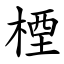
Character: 㮒